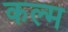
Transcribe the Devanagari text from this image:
कल्म